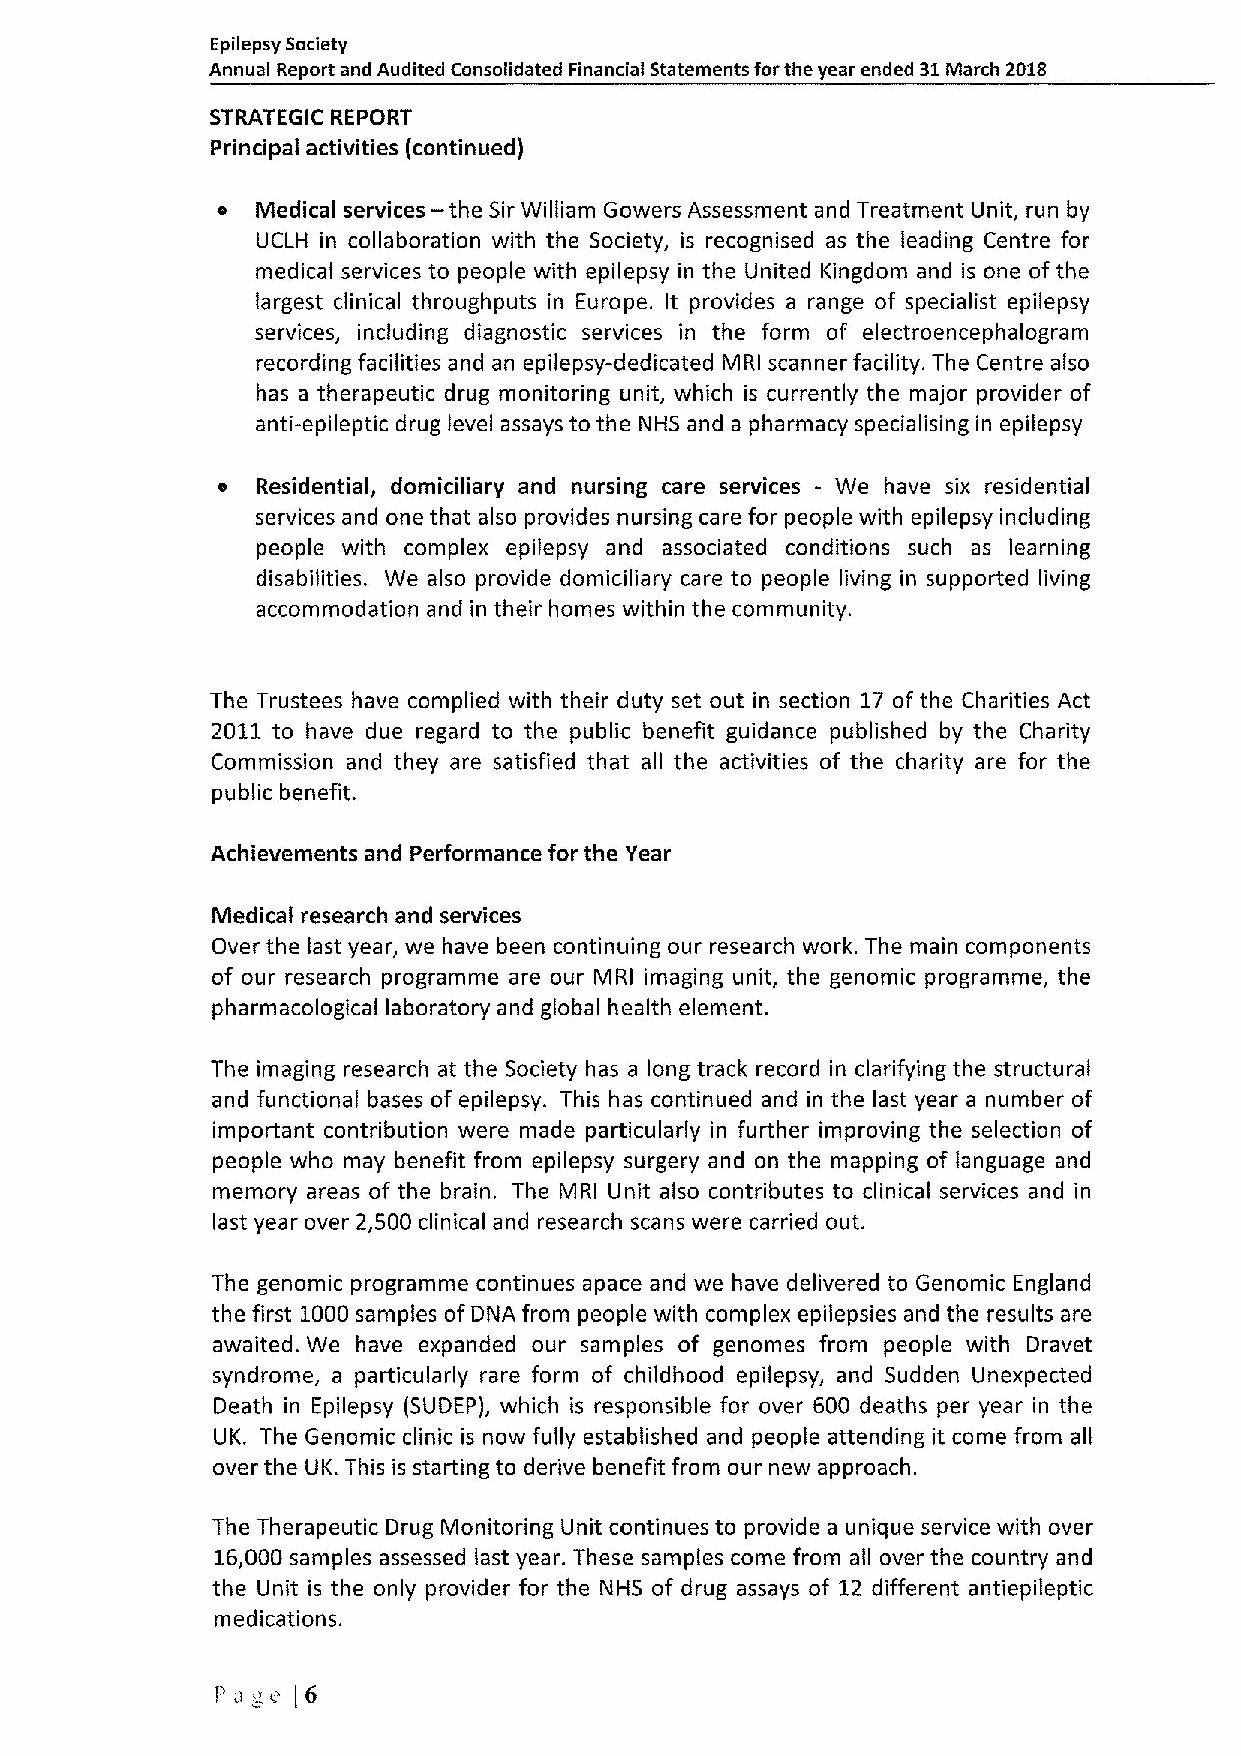
Epilepsy Society
 Annual Report and Audited Consolidated Financial Statements forthe year ended 31March 2018
 STRATEGIC REPORT
 Principal activities (continued)
 —
 e  Iyledical services the Sir William Gowers Assessment and Treatment Unit, run by
 UCLH in collaboration with the Society, is recognised as the leading Centre for
 medical services to people with epilepsy in the United Kingdom and is one of the
 largest clinical throughputs in Europe. It provides a range of specialist epilepsy
 services, including diagnostic services in the form of electroencephalogram
 recording facilities and an epilepsy-dedicated MRI scanner facility. The Centre also
 has a therapeutic drug monitoring unit, which is currently the major provider of
 anti-epileptic drug level assays to the NHS and a pharmacy specialising in epilepsy
 a  Residential, domiciliary and nursing care services - We have six residential
 services and one that also provides nursing care for people with epilepsy including
 people with complex epilepsy and associated conditions such as learning
 disabilities. We also provide domiciliary care to people living in supported living
 accommodation and in their homes within the community.
 The Trustees have complied with their duty set out in section 17 of the Charities Act
 2011 to have due regard to the public benefit guidance published by the Charity
 Commission and they are satisfied that all the activities of the charity are for the
 public benefit.
 Achievements and Performance for the Year
 Medical research and services
 Over the last year, we have been continuing our research work. The main components
 of our research programme are our MRI imaging unit, the genomic programme, the
 pharmacological laboratory and global health element.
 The imaging research at the Society has a long track record in clarifying the structural
 and functional bases of epilepsy. This has continued and in the last year a number of
 important contribution were made particularly in further improving the selection of
 people who may benefit from epilepsy surgery and on the mapping of language and
 memory areas of the brain. The MRI Unit also contributes to clinical services and in
 last year over 2,500 clinical and research scans were carried out.
 The genomic programme continues apace and we have delivered to Genomic England
 the first 1000samples ofDNA from people with complex epilepsies and the results are
 awaited. We have expanded our samples of genomes from people with Dravet
 syndrome, a particularly rare form of childhood epilepsy, and Sudden Unexpected
 Death in Epilepsy (SUDEP), which is responsible for over 600 deaths per year in the
 UK. The Genomic clinic is now fully established and people attending it come from all
 over the UK. This is starting to derive benefit from our new approach.
 The Therapeutic Drug Monitoring Unit continues to provide a unique service with over
 16,000 samples assessed last year. These samples come from all over the country and
 the Unit is the only provider for the NHS of drug assays of 12 different antiepileptic
 medications.
 page  [6